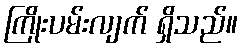
ကြိုးပမ်းလျက် ရှိသည်။